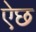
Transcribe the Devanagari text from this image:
ऐछ